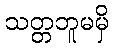
သတ္တဘူမမှိ